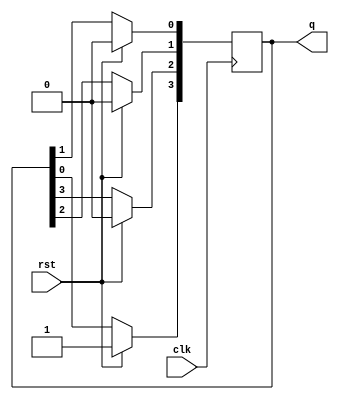
module ring_counter (
    input clk, rst, output reg [3:0] q
);
    always @(posedge clk) begin
        if(rst)
        q <= 4'b1000;
        else begin
            q[0] <= q[1];
            q[1] <= q[2];
            q[2] <= q[3];
            q[3] <= q[0];
        end
    end
endmodule